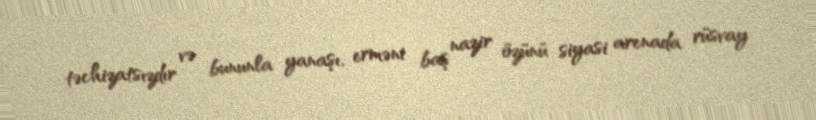
təchizatsızdır və bununla yanaşı, erməni baş nazir özünü siyasi arenada rüsvay